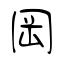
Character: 岡